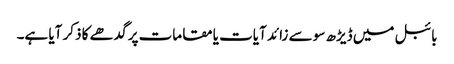
بائبل میں ڈیڑھ سو سے زائد آیات یا مقامات پر گدھے کا ذکر آیا ہے۔